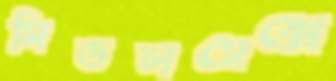
মিডলসেক্সে